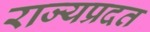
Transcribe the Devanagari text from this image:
राज्यप्रदत